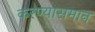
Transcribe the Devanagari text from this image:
करण्यासमान